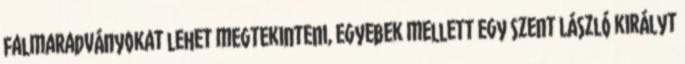
falmaradványokat lehet megtekinteni, egyebek mellett egy Szent László királyt